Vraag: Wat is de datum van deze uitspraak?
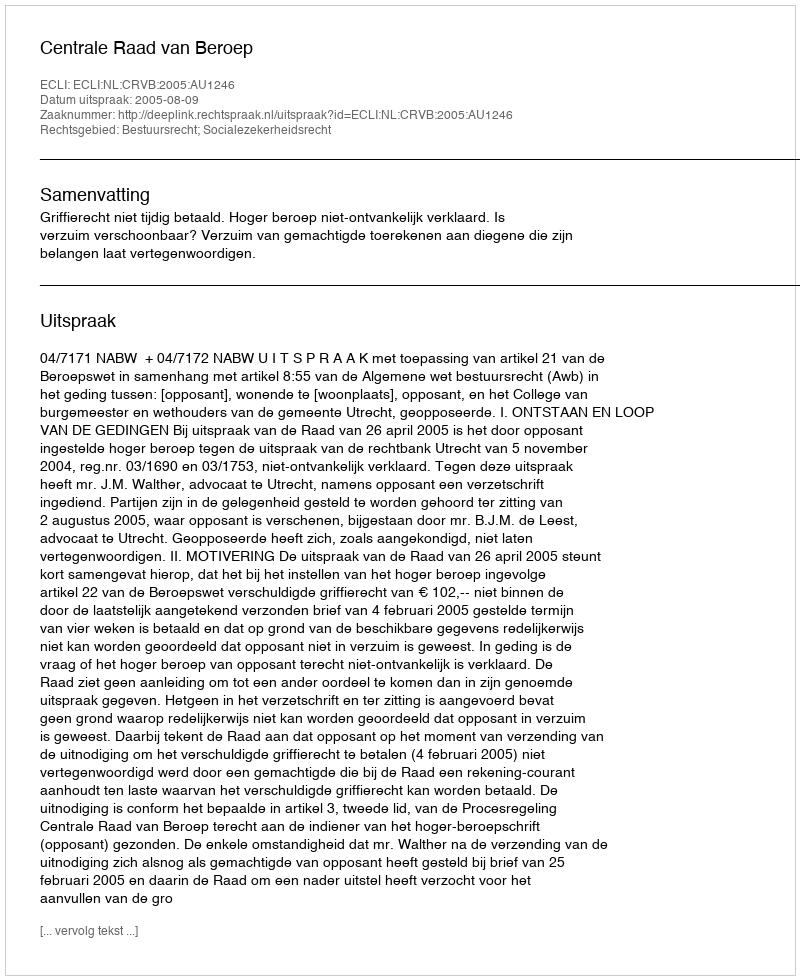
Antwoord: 2005-08-09